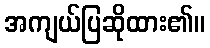
အကျယ်ပြဆိုထား၏။